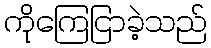
ကိုကြေငြာခဲ့သည်